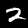
Label: 2